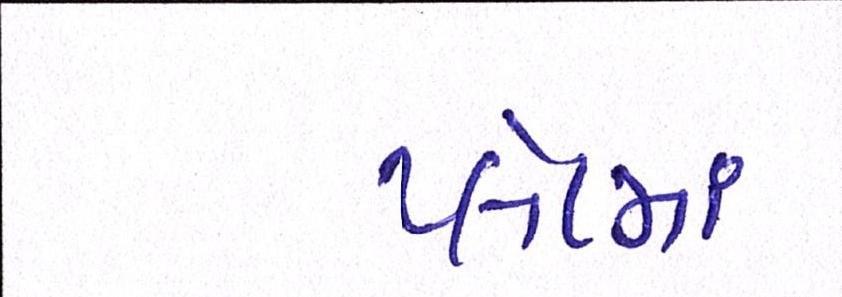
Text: પ્લેટમાં